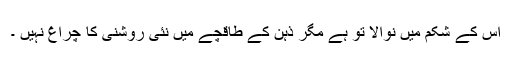
اس کے شکم میں نوالا تو ہے مگر ذہن کے طاقچے میں نئی روشنی کا چراغ نہیں ۔